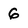
Character: 6